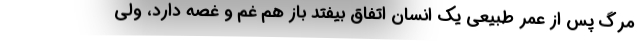
مرگ پس از عمر طبیعی یک انسان اتفاق بیفتد باز هم غم و غصه دارد، ولی